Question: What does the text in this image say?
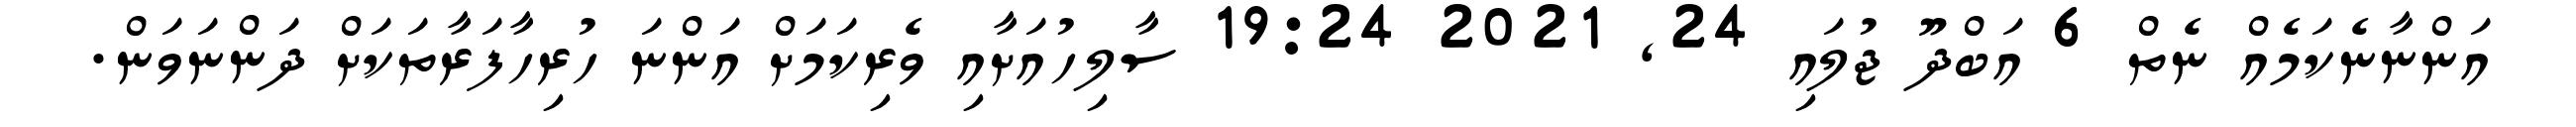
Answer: އަންނާނެކަމެއް ނެތް 6 އަބްދޫ ޖުލައި 24, 2021 19:24 ސާލިހުއަށާއި ވެރިކަމަށް އަންނަ ހުރިހާފަރާތަކަށް ދަންނަވަން.